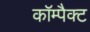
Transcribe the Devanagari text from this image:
काॅम्पैक्ट